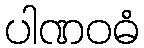
ပါဏဝဓံ